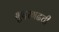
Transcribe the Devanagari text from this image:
भुदरगढची